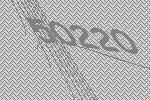
50220